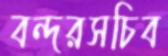
বন্দরসচিব